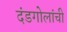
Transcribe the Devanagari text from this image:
दंडगोलांची